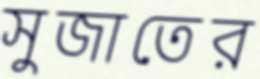
সুজাতের